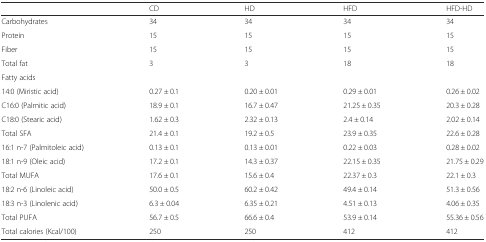
<table><thead><tr><td></td><td><b>CD</b></td><td><b>HD</b></td><td><b>HFD</b></td><td><b>HFD-HD</b></td></tr></thead><tbody><tr><td>Carbohydrates</td><td>34</td><td>34</td><td>34</td><td>34</td></tr><tr><td>Protein</td><td>15</td><td>15</td><td>15</td><td>15</td></tr><tr><td>Fiber</td><td>15</td><td>15</td><td>15</td><td>15</td></tr><tr><td>Total fat</td><td>3</td><td>3</td><td>18</td><td>18</td></tr><tr><td>Fatty acids</td><td></td><td></td><td></td><td></td></tr><tr><td>14:0 (Miristic acid)</td><td>0.27 ± 0.1</td><td>0.20 ± 0.01</td><td>0.29 ± 0.01</td><td>0.26 ± 0.02</td></tr><tr><td>C16:0 (Palmitic acid)</td><td>18.9 ± 0.1</td><td>16.7 ± 0.47</td><td>21.25 ± 0.35</td><td>20.3 ± 0.28</td></tr><tr><td>C18:0 (Stearic acid)</td><td>1.62 ± 0.3</td><td>2.32 ± 0.13</td><td>2.4 ± 0.14</td><td>2.02 ± 0.14</td></tr><tr><td>Total SFA</td><td>21.4 ± 0.1</td><td>19.2 ± 0.5</td><td>23.9 ± 0.35</td><td>22.6 ± 0.28</td></tr><tr><td>16:1 n-7 (Palmitoleic acid)</td><td>0.13 ± 0.1</td><td>0.13 ± 0.01</td><td>0.22 ± 0.03</td><td>0.28 ± 0.02</td></tr><tr><td>18:1 n-9 (Oleic acid)</td><td>17.2 ± 0.1</td><td>14.3 ± 0.37</td><td>22.15 ± 0.35</td><td>21.75 ± 0.29</td></tr><tr><td>Total MUFA</td><td>17.6 ± 0.1</td><td>15.6 ± 0.4</td><td>22.37 ± 0.3</td><td>22.1 ± 0.3</td></tr><tr><td>18:2 n-6 (Linoleic acid)</td><td>50.0 ± 0.5</td><td>60.2 ± 0.42</td><td>49.4 ± 0.14</td><td>51.3 ± 0.56</td></tr><tr><td>18:3 n-3 (Linolenic acid)</td><td>6.3 ± 0.04</td><td>6.35 ± 0.21</td><td>4.51 ± 0.13</td><td>4.06 ± 0.35</td></tr><tr><td>Total PUFA</td><td>56.7 ± 0.5</td><td>66.6 ± 0.4</td><td>53.9 ± 0.14</td><td>55.36 ± 0.56</td></tr><tr><td>Total calories (Kcal/100)</td><td>250</td><td>250</td><td>412</td><td>412</td></tr></tbody></table>